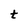
Character: t